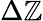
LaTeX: \Delta\mathbb{Z}